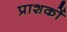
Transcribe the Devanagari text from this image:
प्राशकों